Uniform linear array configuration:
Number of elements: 8
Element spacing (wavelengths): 0.25
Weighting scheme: uniform
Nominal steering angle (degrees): -30
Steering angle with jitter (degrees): -30.602
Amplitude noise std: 0.05
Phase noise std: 0.05

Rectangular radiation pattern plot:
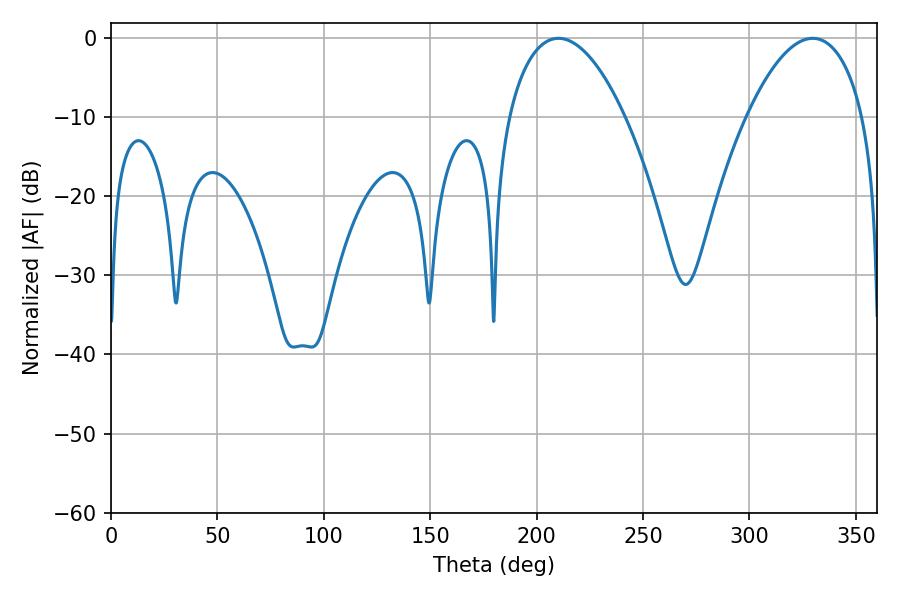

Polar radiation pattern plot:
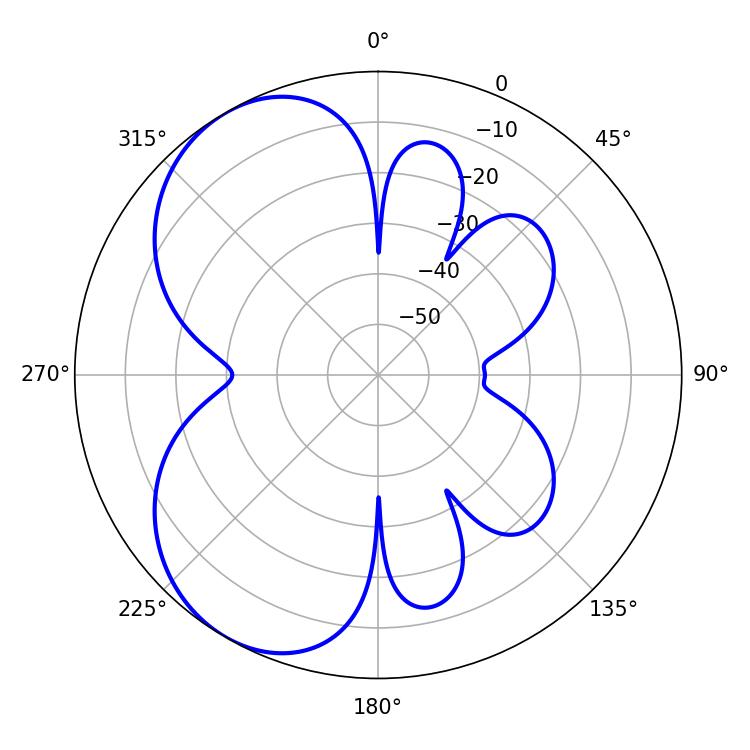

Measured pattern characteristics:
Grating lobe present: FALSE
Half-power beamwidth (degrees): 30.6
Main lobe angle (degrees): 210.24